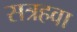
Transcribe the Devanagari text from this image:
सत्रहवा